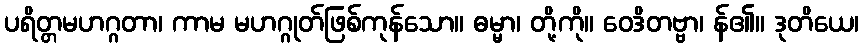
ပရိတ္တမဟဂ္ဂတာ၊ ကာမ မဟဂ္ဂုတ်ဖြစ်ကုန်သော။ ဓမ္မာ၊ တို့ကို။ ဝေဒိတဗ္ဗာ၊ န်၏။ ဒုတိယေ၊